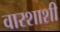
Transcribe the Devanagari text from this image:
वारशाशी